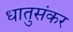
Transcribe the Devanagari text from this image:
धातुसंकर